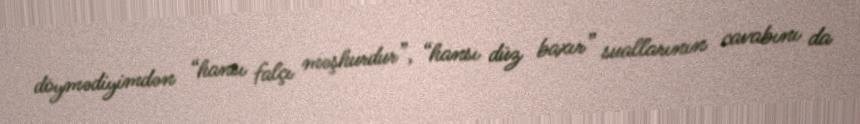
döymədiyimdən “hansı falçı məşhurdur”, “hansı düz baxır” suallarının cavabını da